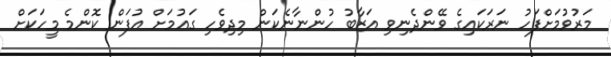
މަރުވުމަށްފަހު ނަރަކައިގެ ވޭންދެނިވި އަޒާބު ހުންނާނެކަން މިދިވެހި ގައުމަށް އުފަން ކޮންމެ މީހަކަށް